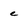
Character: e